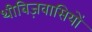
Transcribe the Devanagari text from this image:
थीबिज़वासियों